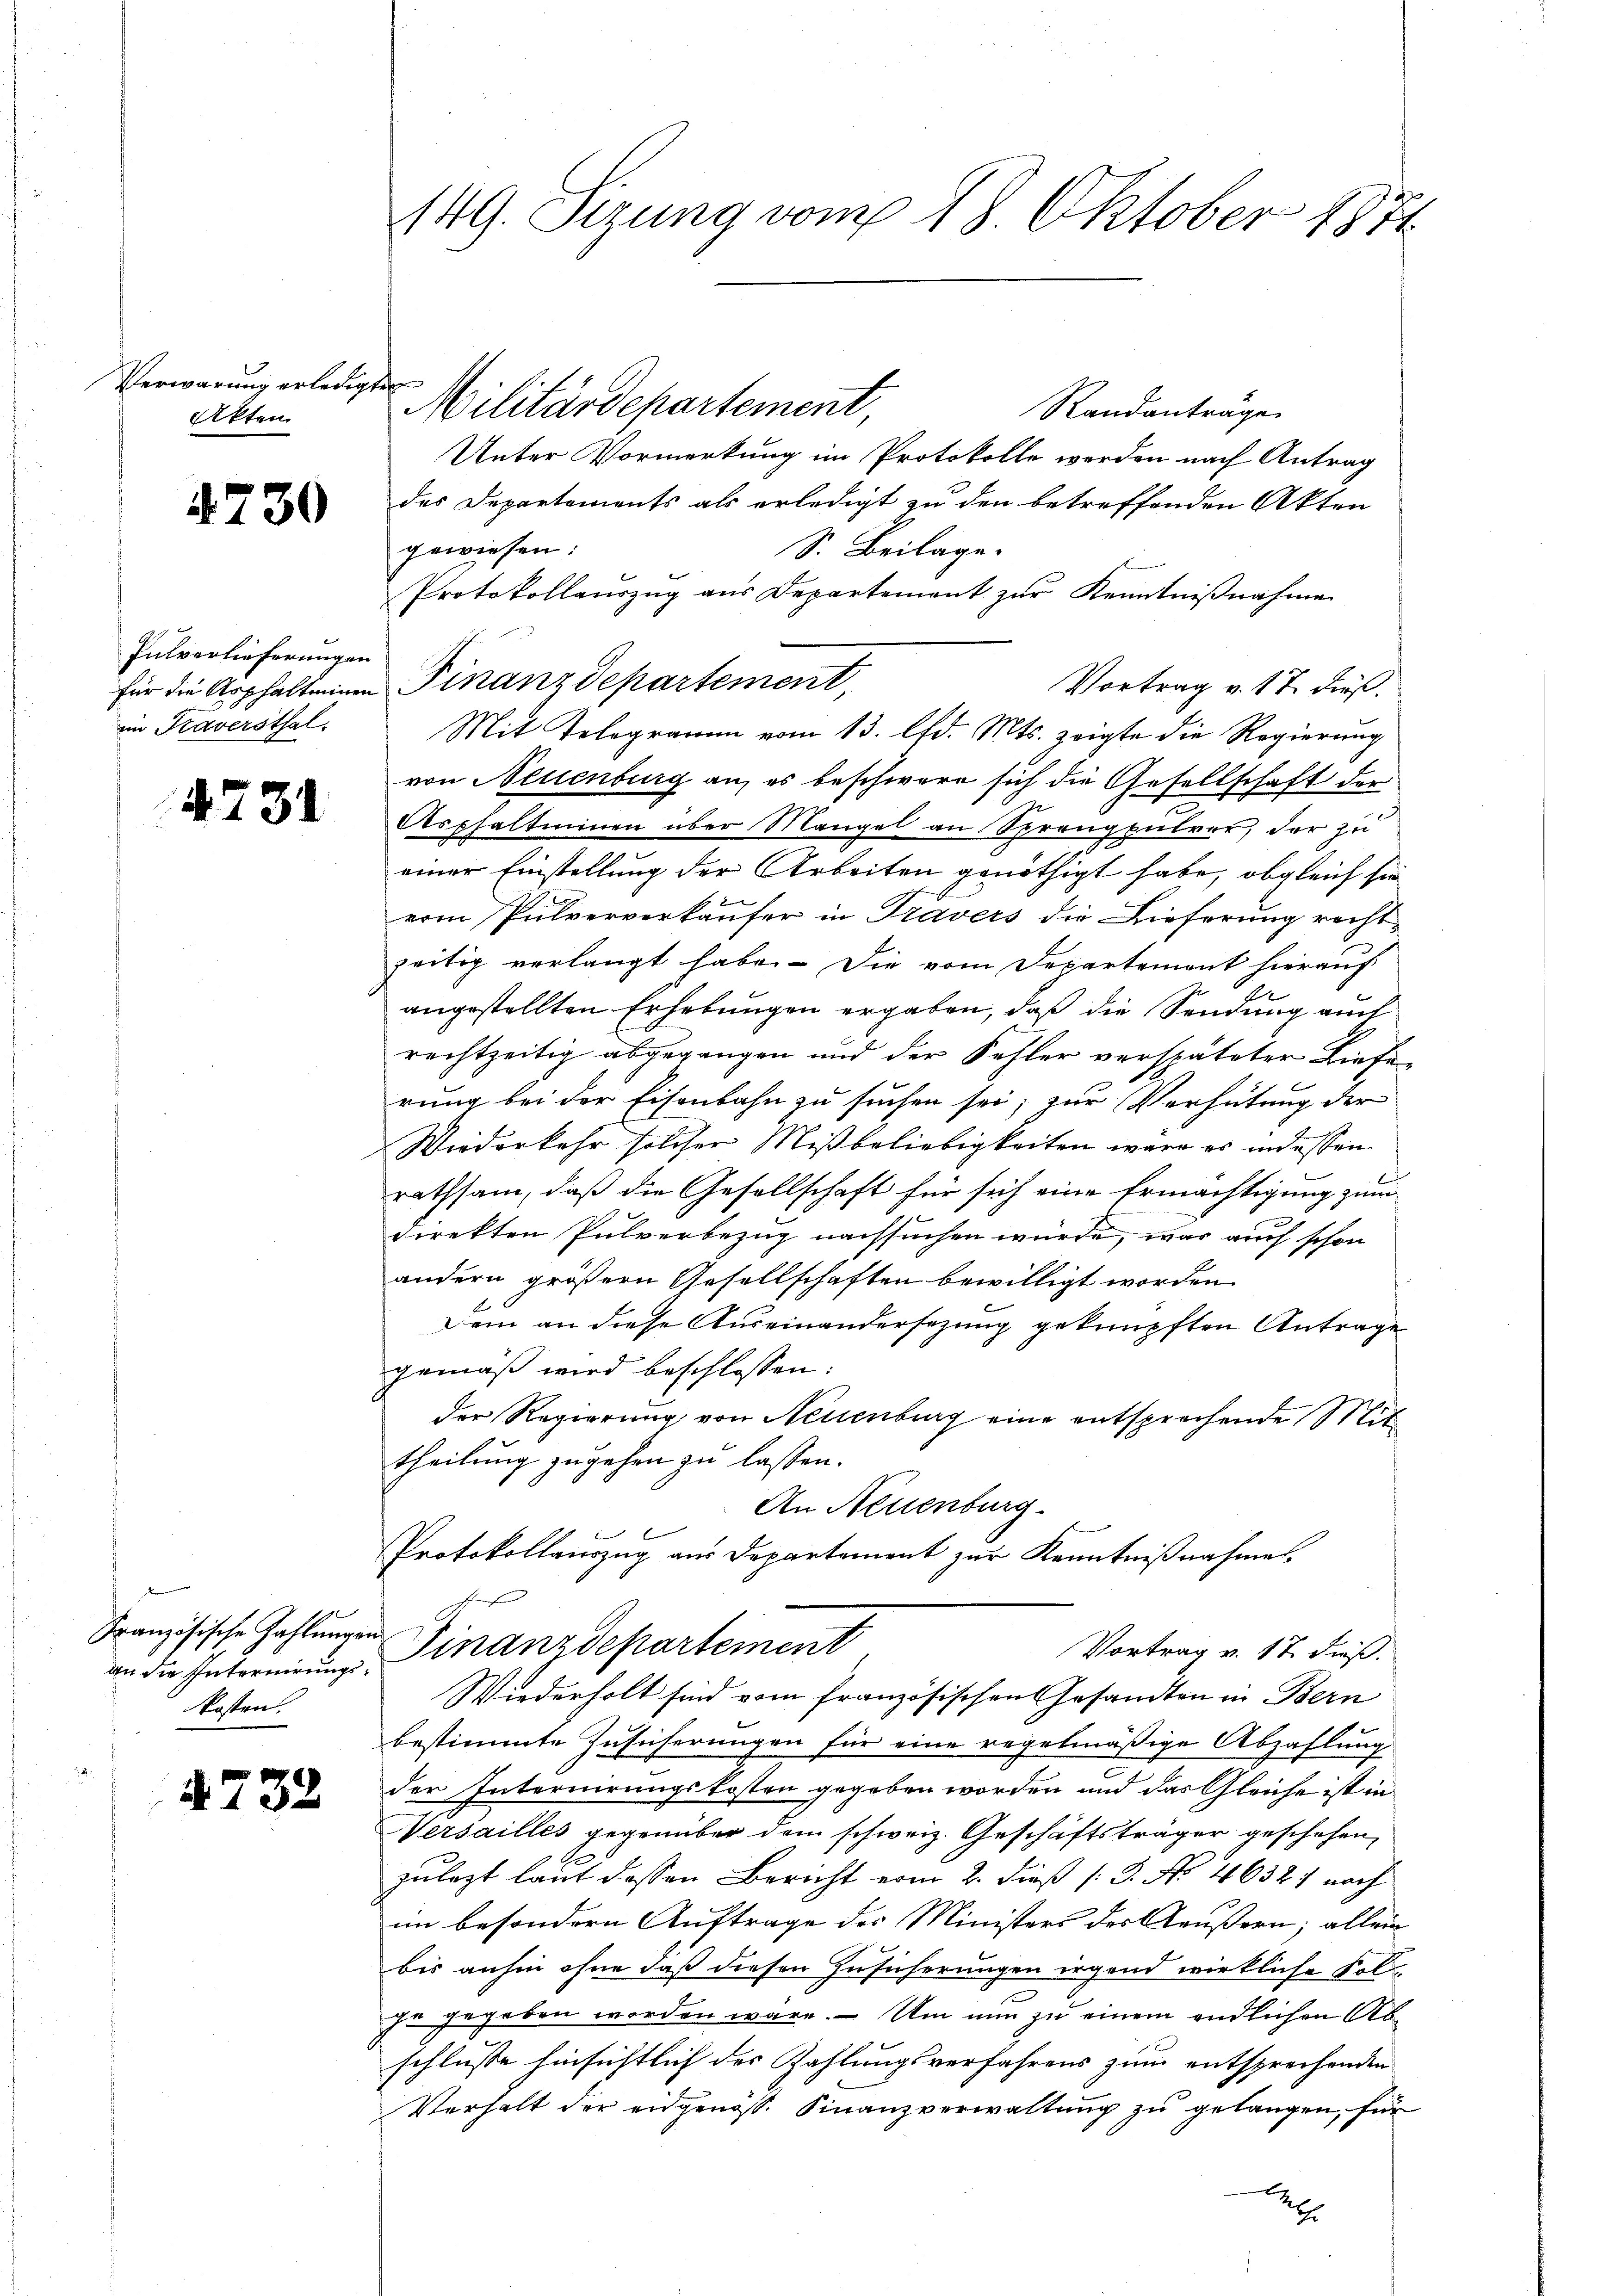
Verwarung erledig
Akten

4730

Putverlieferungen
für die Asphalteinen
im Kaversthal.

4731

Französische Zahlungs-
an die Internirungskosten.

4732

149. Sizung vom 18. Oktober 1871

d
Militärdepartement
Randantrage
Unter Vormerkung im Protokolle werden nach Antrag
des Departements als erledigt zu den betreffenden Akten
gewiesen:
S. Beilage.
Protokollauszug aus Departement zur Kenntnißnahme
Finanzdepartement
Vortrag v. 17. dieß.
von Neuenburg an, es beschwere sich die Gesellschaft der
Asphaltiminen über Mangel an Sprangpulver, der zu
einer Einstellung der Arbeiten genöthigt habe, obgleich sie
Dament
vom Pulververkäufer in Travers die Lieferung rechtzeitig verlangt habe. Die vom Departement hierauf
angestellten Erhebungen ergaben, daß die Sendung auch
rechtzeitig abgegangen und der Fehler verspäteter Lieferung bei der Eisenbahn zu suchen sei, zur Verhütung der
Wiederkehr solcher Mißbeliebigkeiten wäre es in dessen
rathsam, daß die Gesellschaft für sich eine Ermächtigung zum
direkten Pulverbezug nachsuchen würde, was auch schon
andern größern Gesellschaften bewilligt worden.
Dem an diese Auseinandersezung geknüpften Antrage
gemäß wird beschlossen:
der Regierung von Neuenburg eine entsprechende Mit
theilung zugehen zu lassen.
An Neuenburg.
b
Protokollauszug aus Departement zur Kenntnißnahmen.
 Finanzdepartement
Vortrag v. 17. dieß.
Wiederholt sind vom französischen Gesandten in Bern
bestimmte Zusicherungen für eine regelmäßige Abzahlung
der Internirungskosten gegeben worden und das Gleiche ist in
Versailles gegenüber dem schweiz. Geschäftsträger geschehen,
zulezt laut dessen Bericht vom 2. dieß (3. No. 46321 nach
im besondern Auftrage des Ministers des Aeußern; allein
bis anhin ohne daß diesen Zusicherungen irgend wirkliche Fel
zu gegeben worden wäre. – Um nun zu einem endlichen Abschlüsse hinsichtlich der Zahlungsverfahrens zum entsprechenden
Verhalt der eidgenöss. Finanzverwaltung zu gelangen, für
2

Mit Telegramm vom 13. lfd. Mts. zeigte die Regierung